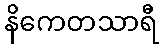
နိကေတသာရီ